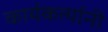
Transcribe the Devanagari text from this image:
कार्यकर्त्‍यानी